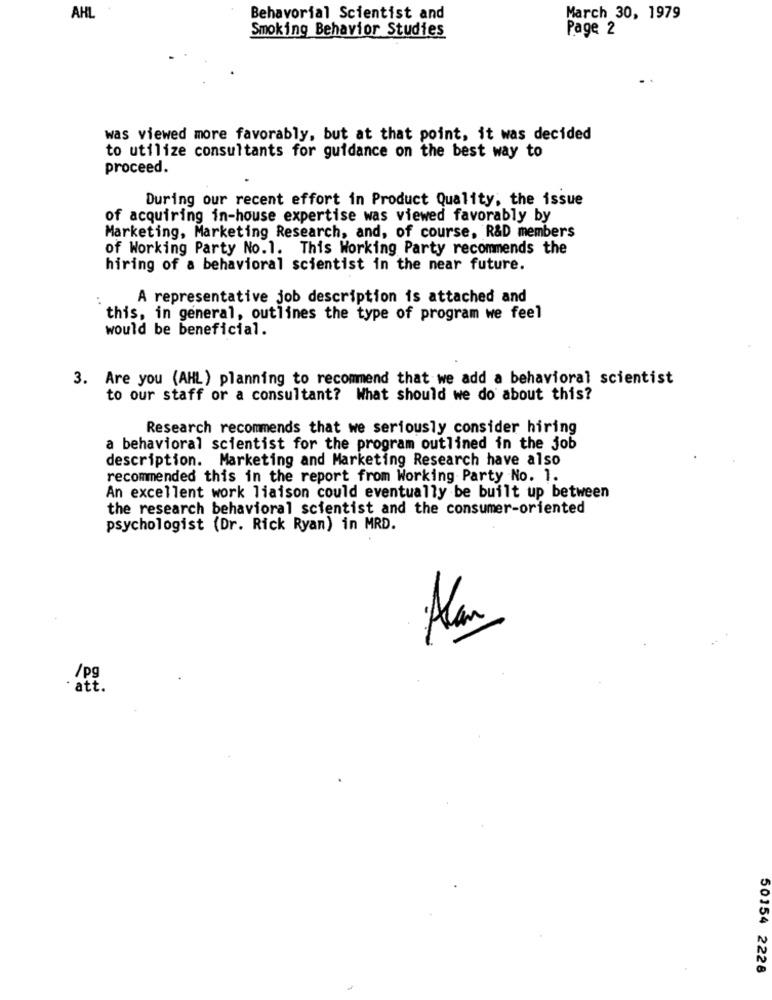
AHL
Behavorial Scientist and
March 30, 1979
Smoking Behavior Studies
Page 2
was viewed more favorably, but at that point, it was decided
to utilize consultants for guidance on the best way to
proceed.
During our recent effort in Product Quality, the issue
of acquiring in-house expertise was viewed favorably by
Marketing, Marketing Research, and, of course, R&D members
of Working Party No.1. This Working Party recommends the
hiring of a behavioral scientist in the near future.
A representative job description is attached and
this, in general, outlines the type of program we feel
would be beneficial.
3. Are you (AHL) planning to recommend that we add a behavioral scientist
to our staff or a consultant? What should we do about this?
Research recommends that we seriously consider hiring
a behavioral scientist for the program outlined in the job
description. Marketing and Marketing Research have also
recommended this in the report from Working Party No. 1.
An excellent work liaison could eventually be built up between
the research behavioral scientist and the consumer-oriented
psychologist (Dr. Rick Ryan) in MRD.
Alan
/pg
· att.
50154 2228